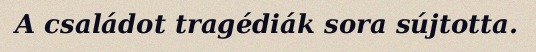
A családot tragédiák sora sújtotta.